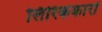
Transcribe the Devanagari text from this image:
लिरिककारों